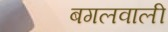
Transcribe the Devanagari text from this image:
बगलवाली